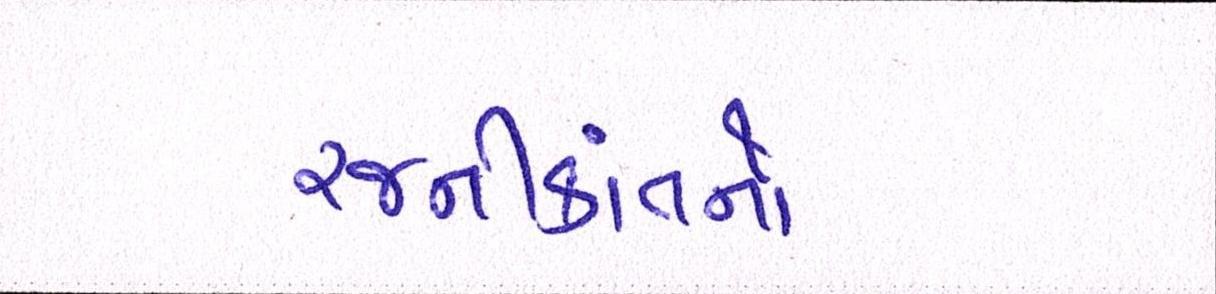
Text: રજનીકાંતનો